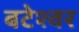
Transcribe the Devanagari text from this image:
बटेश्‍वर